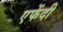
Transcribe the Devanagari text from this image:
एफेंदी